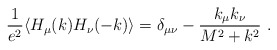
\begin{align*}{1\over e^2} \langle H_\mu (k) H_\nu (-k)\rangle =\delta_{\mu\nu} - {k_\mu k_\nu \over M^2 +k^2} \ .\end{align*}